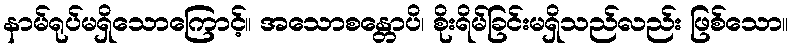
နာမ်ရုပ်မရှိသောကြောင့်။ အသောစန္တောပိ၊ စိုးရိမ်ခြင်းမရှိသည်လည်း ဖြစ်သော။